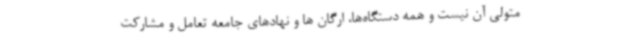
متولی آن نیست و همه دستگاه‌ها، ارگان ها و نهادهای جامعه تعامل و مشارکت